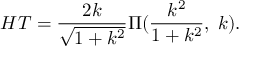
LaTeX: H T = \frac { 2 k } { \sqrt { 1 + k ^ { 2 } } } \Pi ( \frac { k ^ { 2 } } { 1 + k ^ { 2 } } , \; k ) .